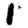
Digit: 1